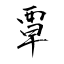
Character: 覃